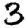
Digit: 3